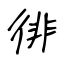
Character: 徘